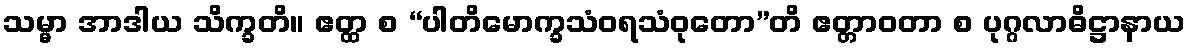
သမ္မာ အာဒါယ သိက္ခတိ။ ဧတ္ထ စ “ပါတိမောက္ခသံဝရသံဝုတော”တိ ဧတ္တာဝတာ စ ပုဂ္ဂလာဓိဋ္ဌာနာယ